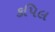
કપિલ